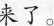
来了。